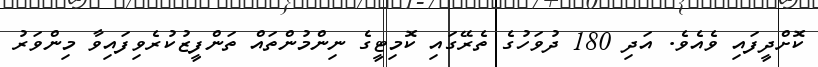
ކޮށްދީފައި ވެއެވެ. އަދި 180 ދުވަހުގެ ތެރޭގައި ކޮމިޓީގެ ނިންމުންތައް ތަންފީޒުކުރެވިފައިވާ މިންވަރު